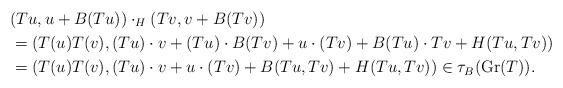
LaTeX: \begin{align*}&( Tu, u + B(Tu)) \cdot_H ( Tv , v + B (Tv)) \\&= ( T(u)T(v), (Tu) \cdot v + (Tu) \cdot B(Tv) + u \cdot (Tv) + B (Tu) \cdot Tv + H (Tu, Tv)) \\&= ( T(u )T(v), (Tu) \cdot v + u \cdot (Tv) + B (Tu, Tv) + H (Tu, Tv)) \in \tau_B (\mathrm{Gr}(T)).\end{align*}